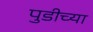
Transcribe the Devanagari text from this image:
पुडीच्या